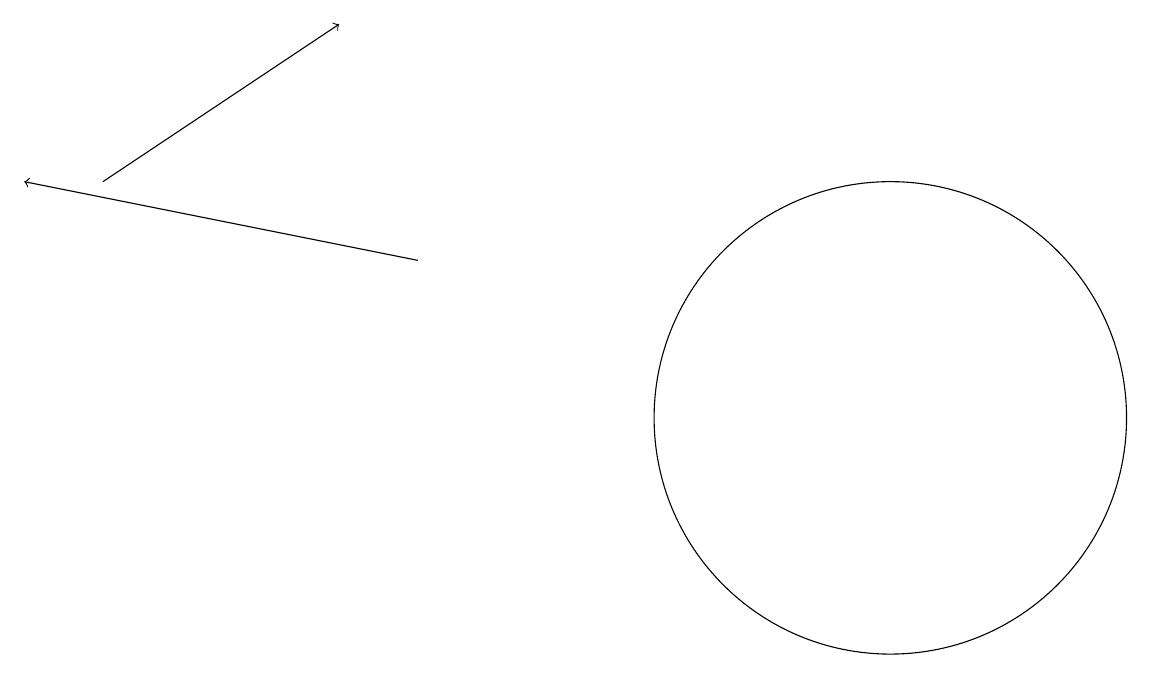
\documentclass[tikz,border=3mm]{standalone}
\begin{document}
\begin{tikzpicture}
\draw[->] (5,12) -- (0,13);
\draw (11,10) circle (3);
\draw[->] (1,13) -- (4,15);
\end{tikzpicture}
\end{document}